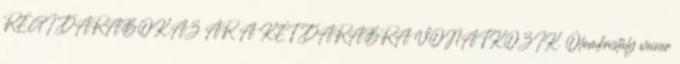
RÉGI DARABOK.AZ ÁR A KÉT DARABRA VONATKOZIK. Ólomkristály weiner